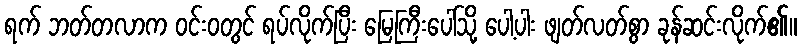
ရက် ဘတ်တလာက ဝင်းဝတွင် ရပ်လိုက်ပြီး မြေကြီးပေါ်သို့ ပေါ့ပါး ဖျတ်လတ်စွာ ခုန်ဆင်းလိုက်၏။